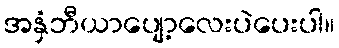
အနှံဘီယာပျော့လေးပဲပေးပါ။